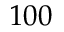
1 0 0